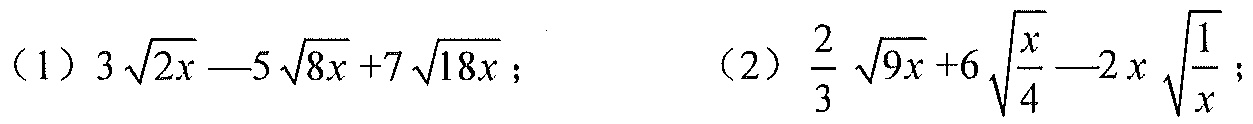
(1) \(3\sqrt{2x}-5\sqrt{8x}+7\sqrt{18x}\); (2) \(\frac{2}{3}\sqrt{9x}+6\sqrt{\frac{x}{4}}-2x\sqrt{\frac{1}{x}}\);